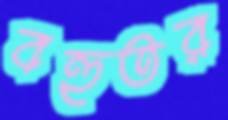
বহুতর